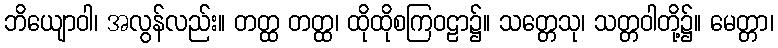
ဘိယျောဝါ၊ အလွန်လည်း။ တတ္ထ တတ္ထ၊ ထိုထိုစကြဝဠာ၌။ သတ္တေသု၊ သတ္တဝါတို့၌။ မေတ္တာ၊